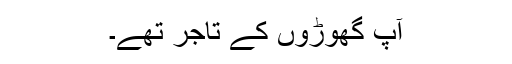
آپ گھوڑوں کے تاجر تھے۔